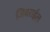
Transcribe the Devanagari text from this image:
जिबराईल